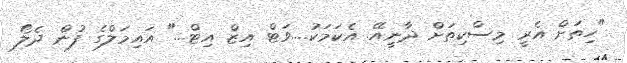
"ހިތަށް އެރީ މިސްކިތަށް ދާނީއޭ. އެކަމަކު....ވަޓް އިޒް އިޓް..." އައިމަލްގެ ފުން ދެލޯ